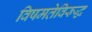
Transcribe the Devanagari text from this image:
विषमतेविरूद्ध